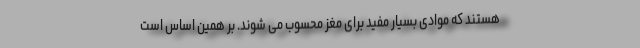
هستند که موادی بسیار مفید برای مغز محسوب می شوند. بر همین اساس است